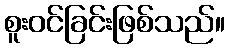
စူးဝင်ခြင်းဖြစ်သည်။